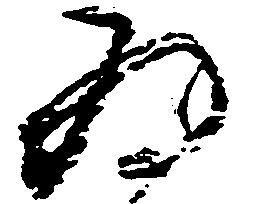
為